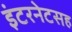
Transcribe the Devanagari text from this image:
इंटरनेटसह